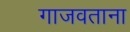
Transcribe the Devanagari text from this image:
गाजवताना